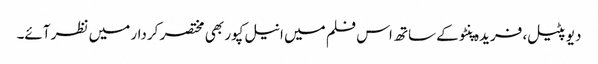
دیو پٹیل، فریدہ پنٹو کے ساتھ اس فلم میں انیل کپور بھی مختصر کردار میں نظر آئے۔